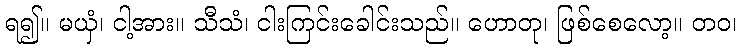
ရ၍။ မယှံ၊ ငါ့အား။ သီသံ၊ ငါးကြင်းခေါင်းသည်။ ဟောတု၊ ဖြစ်စေလော့။ တဝ၊